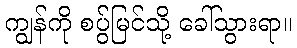
ကျွန်ကို စပ်ွ်မြင်သို့ ခေါ်သွားရာ။